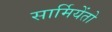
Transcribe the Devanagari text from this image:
सार्मियेंतो